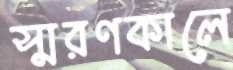
স্মরণকালে